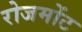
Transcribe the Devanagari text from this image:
रोजमोंट